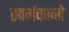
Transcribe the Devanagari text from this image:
स्वर्गकामो